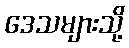
ဒေသများသို့